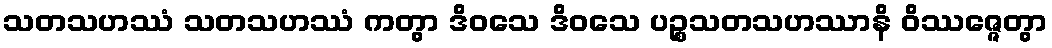
သတသဟဿံ သတသဟဿံ ကတွာ ဒိဝသေ ဒိဝသေ ပဉ္စသတသဟဿာနိ ဝိဿဇ္ဇေတွာ